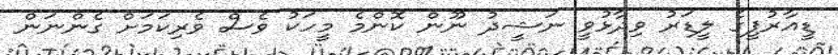
ޑީއާރުޕީގެ ލީޑަރު ވިދާޅުވީ ނަޝީދު ނޫން ކޮންމެ މީހަކު ވެސް ވެރިކަމަށް ގެންނަން